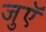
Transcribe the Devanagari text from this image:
जुएॅ